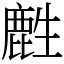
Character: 𪊟